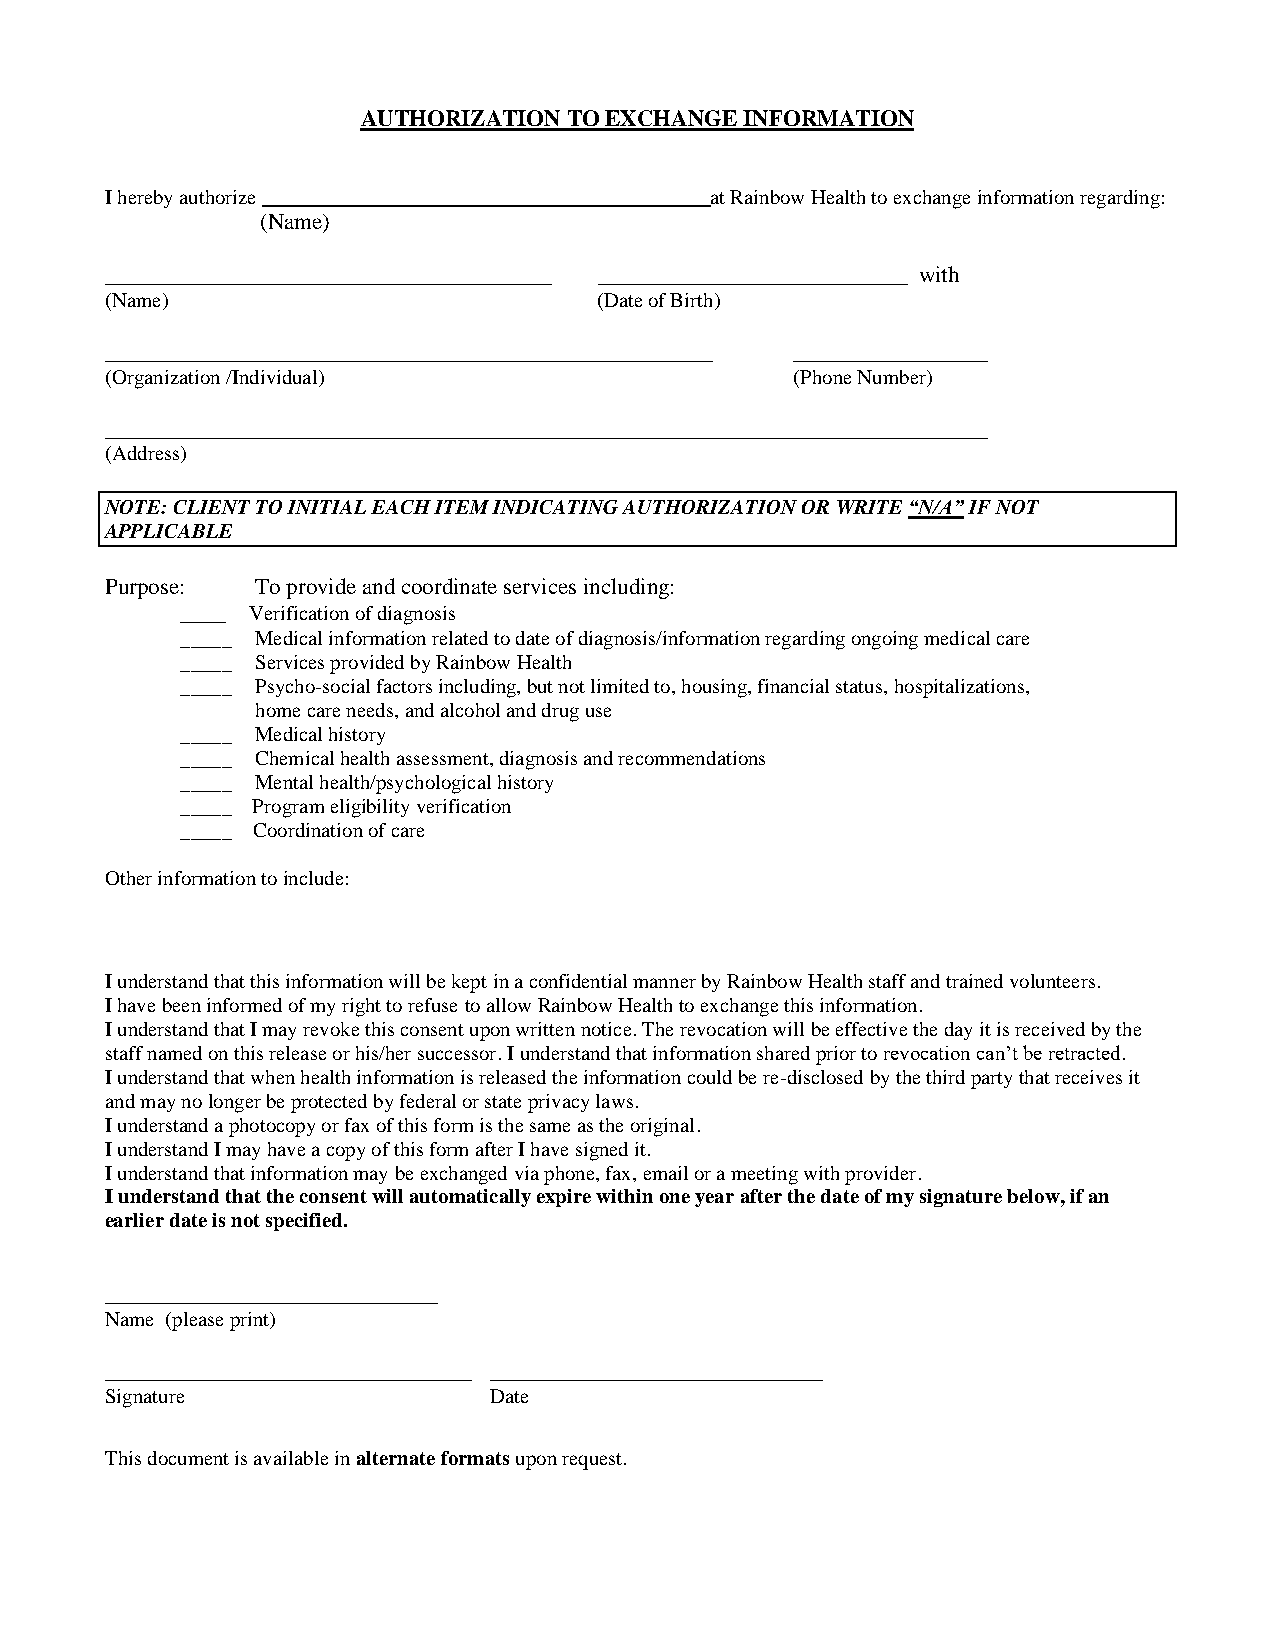
AUTHORIZATION TO EXCHANGE INFORMATION
 I hereby authorize ___________________________________________at Rainbow Health to exchange information regarding:
 (Name)
 _______________________________________ ___________________________ with
 (Name)                           (Date of Birth)
 _____________________________________________________ _________________
 (Organization /Individual)                    (Phone Number)
 _____________________________________________________________________________
 (Address)
 NOTE: CLIENT TO INITIAL EACH ITEM INDICATING AUTHORIZATION OR WRITE “N/A” IF NOT
 APPLICABLE
 Purpose:  To provide and coordinate services including:
 ____ Verification of diagnosis
 _____ Medical information related to date of diagnosis/information regarding ongoing medical care
 _____ Services provided by Rainbow Health
 _____ Psycho-social factors including, but not limited to, housing, financial status, hospitalizations,
 home care needs, and alcohol and drug use
 _____ Medical history
 _____ Chemical health assessment, diagnosis and recommendations
 _____ Mental health/psychological history
 _____ Program eligibility verification
 _____ Coordination of care
 Other information to include:
 I understand that this information will be kept in a confidential manner by Rainbow Health staff and trained volunteers.
 I have been informed of my right to refuse to allow Rainbow Health to exchange this information.
 I understand that I may revoke this consent upon written notice. The revocation will be effective the day it is received by the
 staff named on this release or his/her successor. I understand that information shared prior to revocation can’t be retracted.
 I understand that when health information is released the information could be re-disclosed by the third party that receives it
 and may no longer be protected by federal or state privacy laws.
 I understand a photocopy or fax of this form is the same as the original.
 I understand I may have a copy of this form after I have signed it.
 I understand that information may be exchanged via phone, fax, email or a meeting with provider.
 I understand that the consent will automatically expire within one year after the date of my signature below, if an
 earlier date is not specified.
 _____________________________
 Name (please print)
 ________________________________ _____________________________
 Signature                Date
 This document is available in alternate formats upon request.